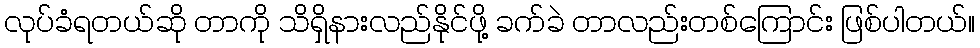
လုပ်ခံရတယ်ဆို တာကို သိရှိနားလည်နိုင်ဖို့ ခက်ခဲ တာလည်းတစ်ကြောင်း ဖြစ်ပါတယ်။